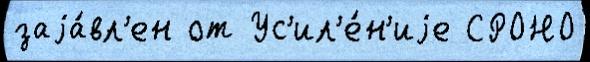
заjа́вл'ен от Ус'ил'е́н'иjе СРОНО